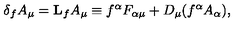
\delta _ { f } A _ { \mu } = { \bf L } _ { f } A _ { \mu } \equiv f ^ { \alpha } F _ { \alpha \mu } + D _ { \mu } ( f ^ { \alpha } A _ { \alpha } ) ,